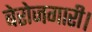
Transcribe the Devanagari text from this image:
बेरोजगारी।